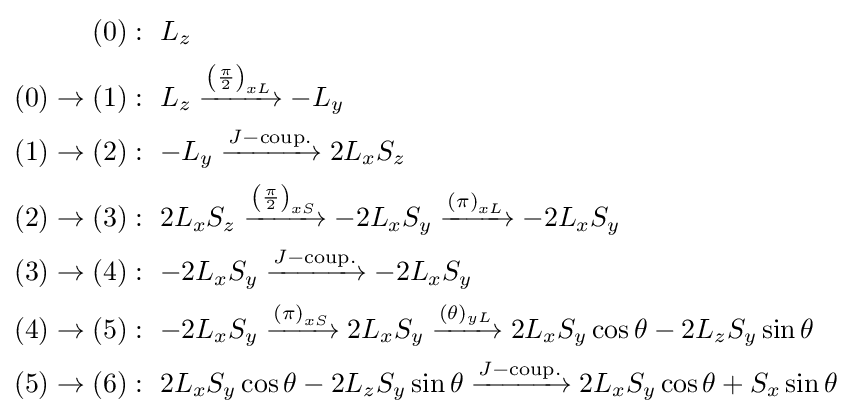
{\begin{aligned}(0)&:\ L_{z}\\(0)\to (1)&:\ L_{z}\xrightarrow {\left({\frac {\pi }{2}}\right)_{xL}} -L_{y}\\(1)\to (2)&:\ {-L_{y}}\xrightarrow {J-{\text{coup.}}} 2L_{x}S_{z}\\(2)\to (3)&:\ 2L_{x}S_{z}\xrightarrow {\left({\frac {\pi }{2}}\right)_{xS}} -2L_{x}S_{y}\xrightarrow {\left(\pi \right)_{xL}} -2L_{x}S_{y}\\(3)\to (4)&:\ {-2L_{x}S_{y}}\xrightarrow {J-{\text{coup.}}} {-2L_{x}S_{y}}\\(4)\to (5)&:\ {-2L_{x}S_{y}}\xrightarrow {\left(\pi \right)_{xS}} 2L_{x}S_{y}\xrightarrow {(\theta )_{yL}} 2L_{x}S_{y}\cos \theta -2L_{z}S_{y}\sin \theta \\(5)\to (6)&:\ {2L_{x}S_{y}\cos \theta -2L_{z}S_{y}\sin \theta }\xrightarrow {J-{\text{coup.}}} 2L_{x}S_{y}\cos \theta +S_{x}\sin \theta \end{aligned}}